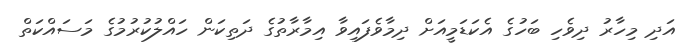
އަދި މިހާރު ދިވެހި ބަހުގެ އެކަޑަމީއަށް ދިމާވެފައިވާ އިމާރާތުގެ ދަތިކަން ހައްލުކުރުމުގެ މަސައްކަތް